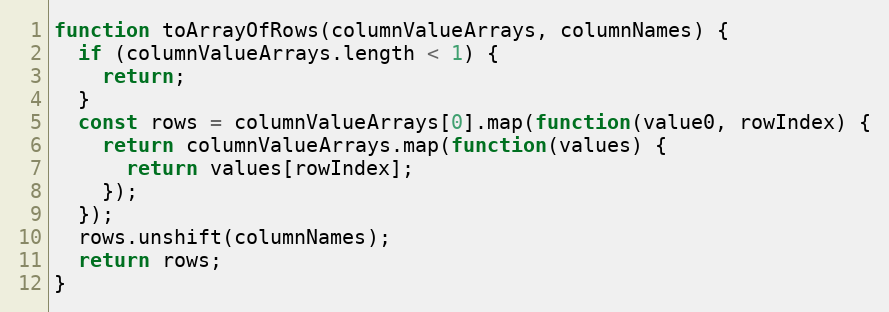
Language: JavaScript
function toArrayOfRows(columnValueArrays, columnNames) {
  if (columnValueArrays.length < 1) {
    return;
  }
  const rows = columnValueArrays[0].map(function(value0, rowIndex) {
    return columnValueArrays.map(function(values) {
      return values[rowIndex];
    });
  });
  rows.unshift(columnNames);
  return rows;
}